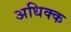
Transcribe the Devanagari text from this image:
अधिक्क